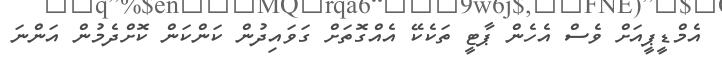
އެމްޑީޕީއަށް ވެސް އެހެން ޕާޓީ ތަކެކޭ އެއްގޮތަށް ގަވައިދުން ކަންކަން ކޮށްދެމުން އަންނަ